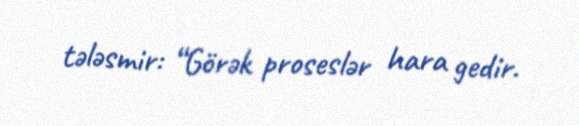
tələsmir: “Görək proseslər hara gedir.